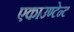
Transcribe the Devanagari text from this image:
एकाउण्टेन्ट